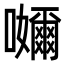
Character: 𭌮